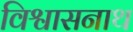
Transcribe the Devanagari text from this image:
विश्वासनाथ